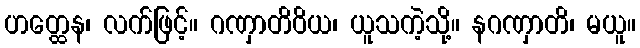
ဟတ္ထေန၊ လက်ဖြင့်။ ဂဏှာတိဝိယ၊ ယူသကဲ့သို့။ နဂဏှာတိ၊ မယူ။